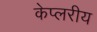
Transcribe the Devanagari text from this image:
केप्लरीय